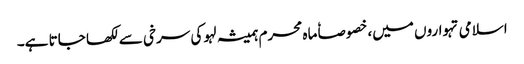
اسلامی تہواروں میں، خصوصاٗ ماہ محرم ہمیشہ لہو کی سرخی سے لکھا جاتا ہے۔